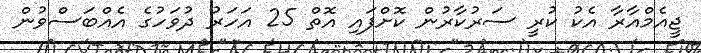
ޖީއެމްއާރާ އެކު ކުރީ ސަރުކާރުން ކޮށްފައި އޮތް 25 އަހަރު ދުވަހުގެ އެއްބަސްވުން